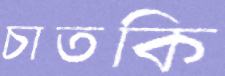
চাতকি